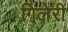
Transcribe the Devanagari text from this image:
गिलेरी